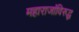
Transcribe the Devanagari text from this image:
महाराजांविरुद्ध